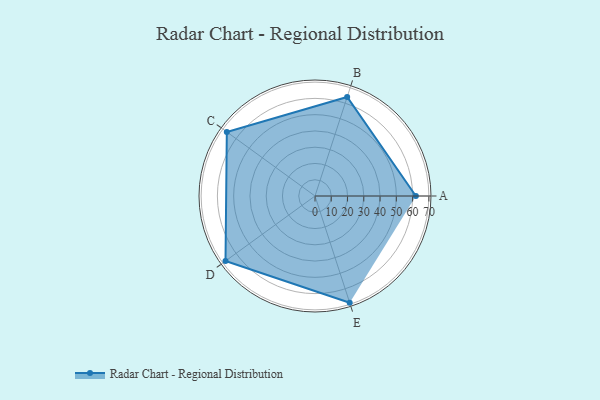
{"axis": {"x": "Skill", "y": "Score"}, "legend": ["Profile"], "data": [{"x": "A", "y": 62.0, "type": "Profile"}, {"x": "B", "y": 64.0, "type": "Profile"}, {"x": "C", "y": 67.0, "type": "Profile"}, {"x": "D", "y": 68.0, "type": "Profile"}, {"x": "E", "y": 69.0, "type": "Profile"}]}